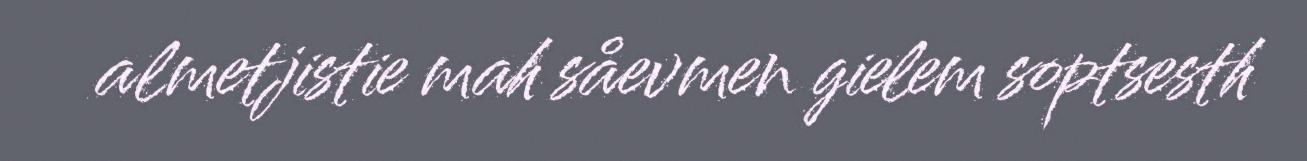
almetjistie mah såevmen gielem soptsesth